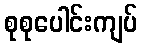
စုစုပေါင်းကျပ်